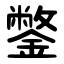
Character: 鐅